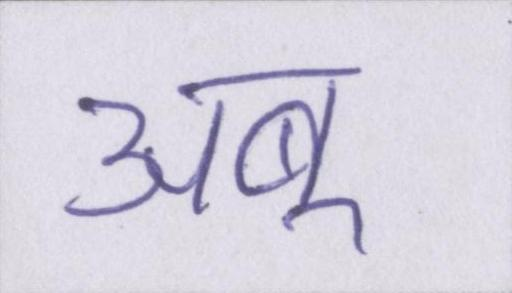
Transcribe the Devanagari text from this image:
अबू